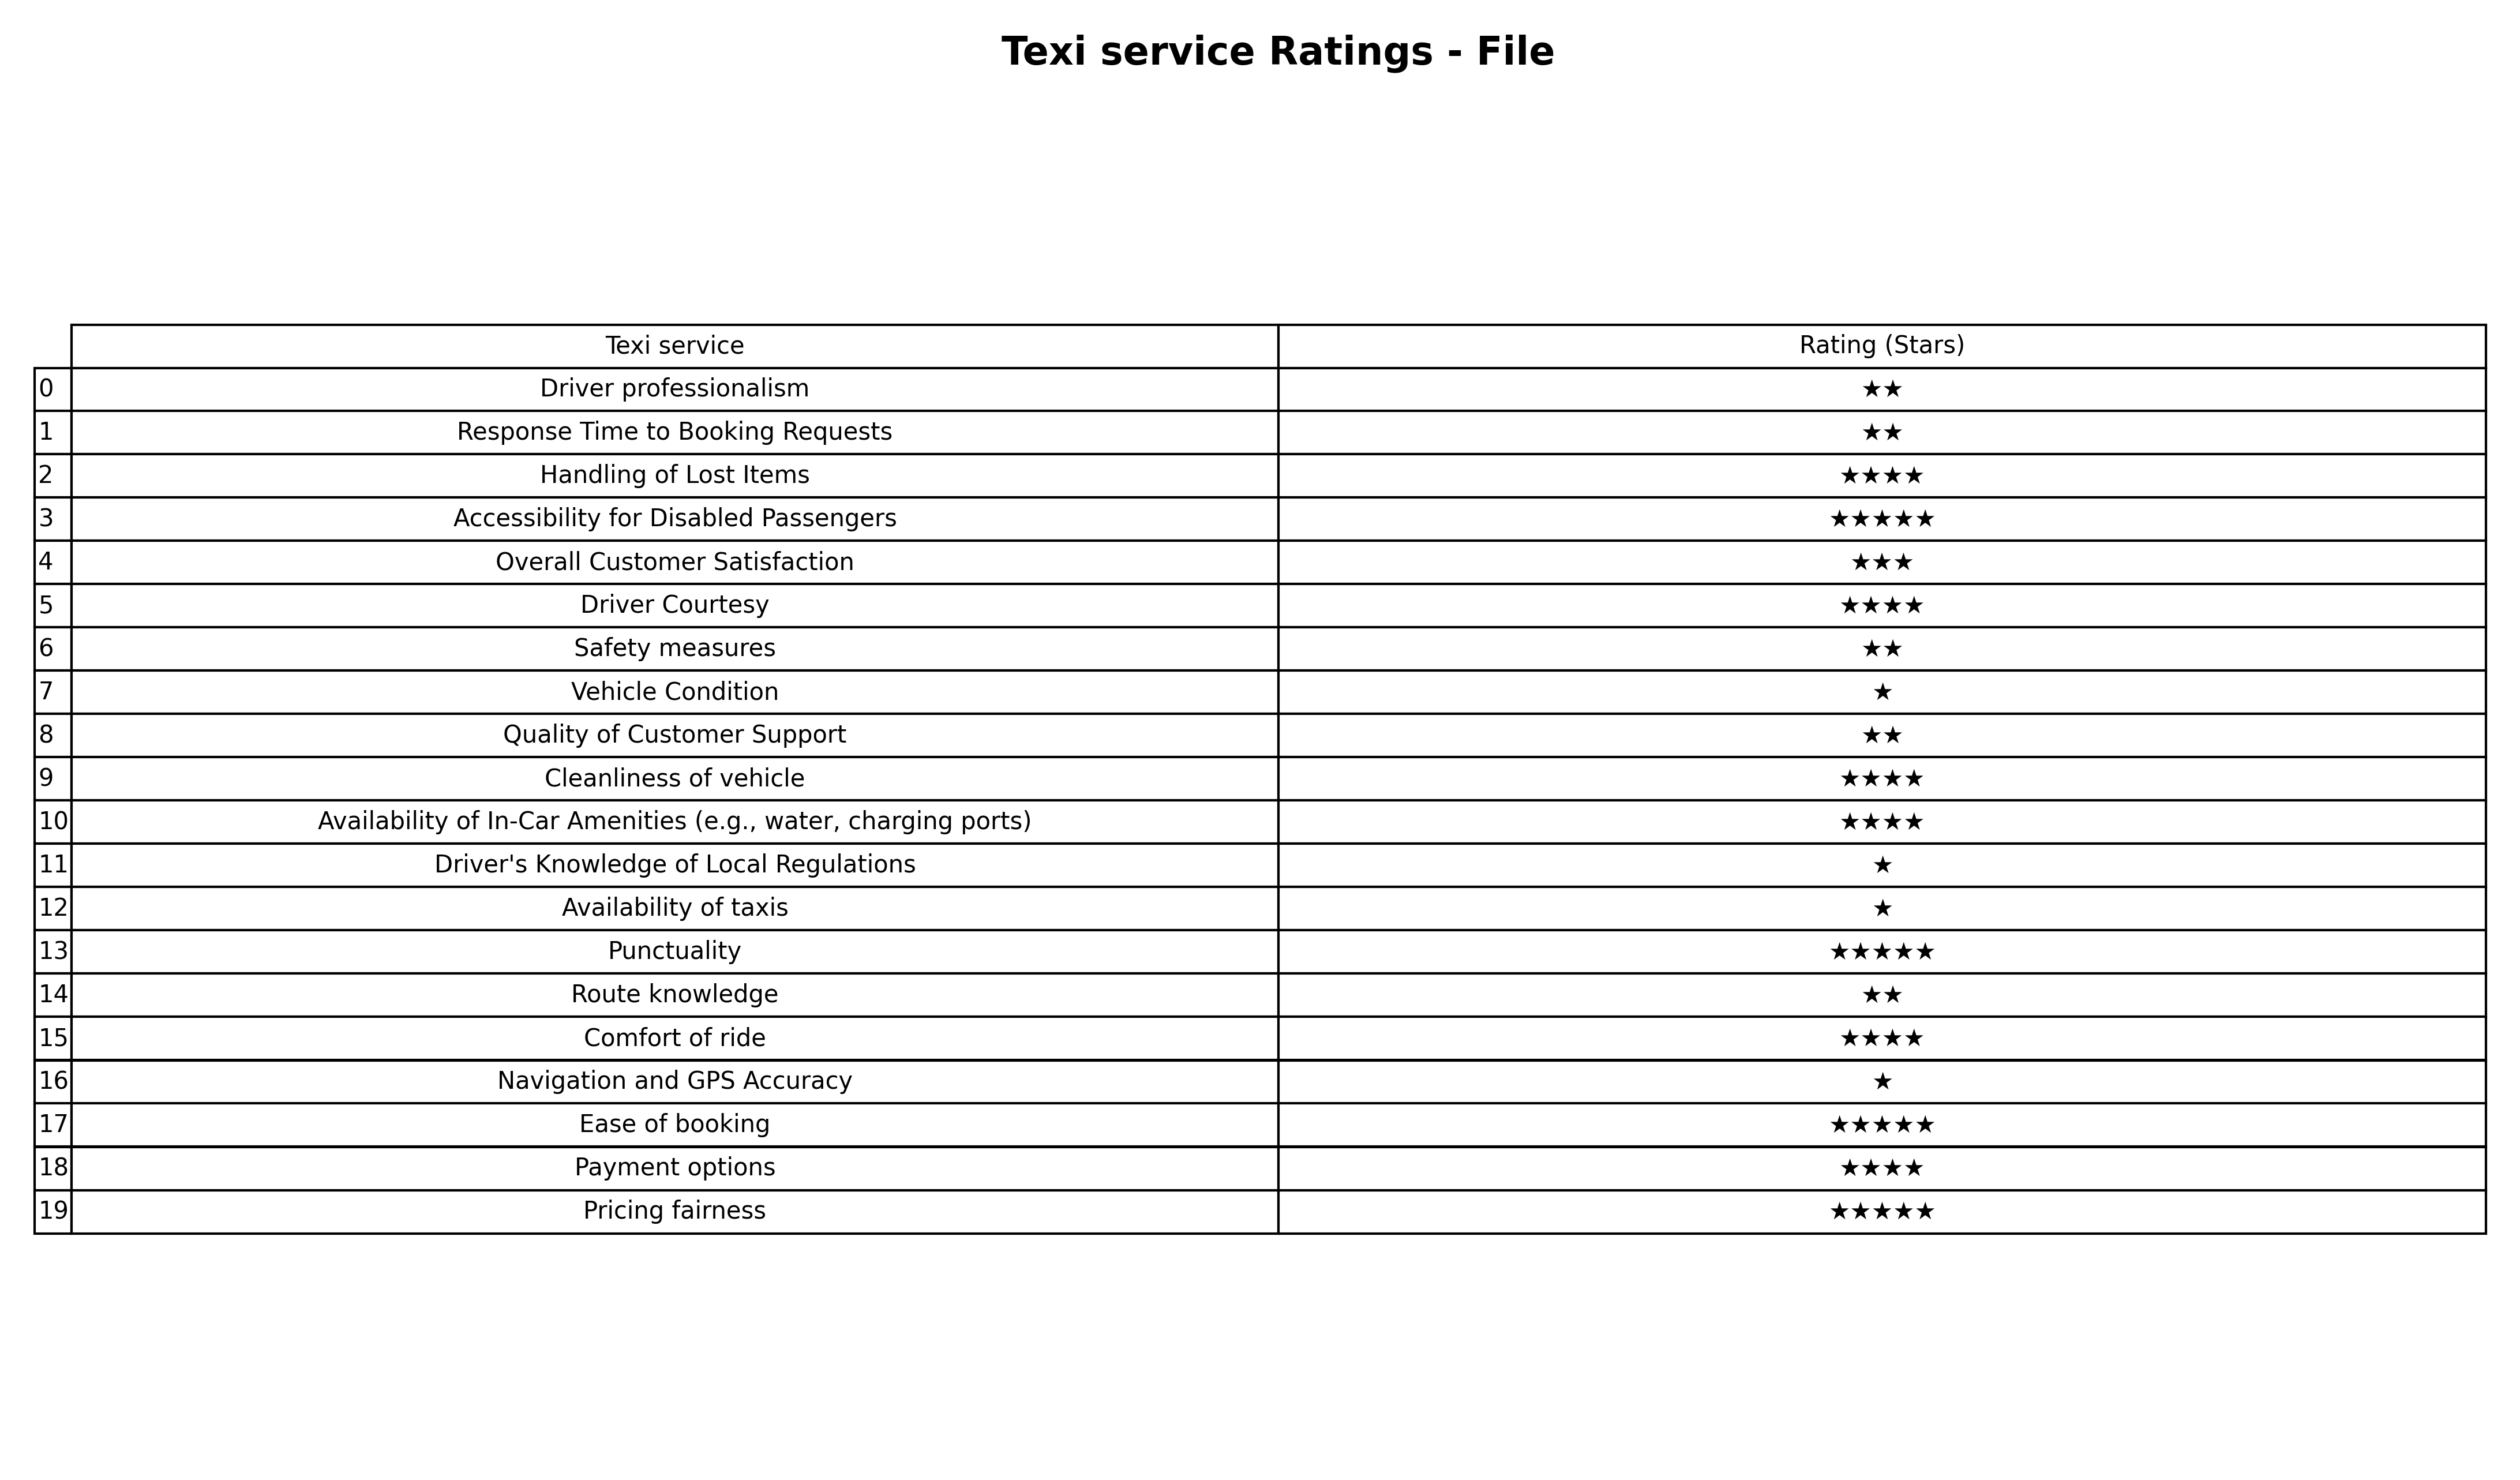
question: What are three star services?
answer: Overall Customer Satisfaction